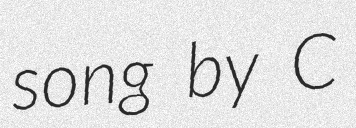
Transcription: song by C